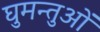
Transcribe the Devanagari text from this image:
घुमन्तुओं